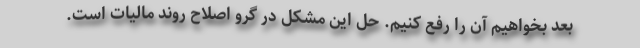
بعد بخواهیم آن را رفع کنیم. حل این مشکل در گرو اصلاح روند مالیات است.